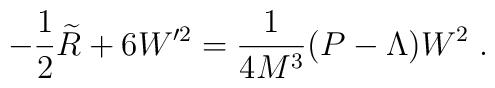
-\frac 12\widetilde{R}+6W^{\prime 2}=\frac 1{4M^3}(P-\Lambda )W^2\;.